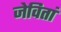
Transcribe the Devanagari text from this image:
जेवितां